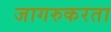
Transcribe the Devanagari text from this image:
जागरुकरता